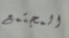
المجتمع